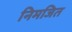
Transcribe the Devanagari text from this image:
निमजित